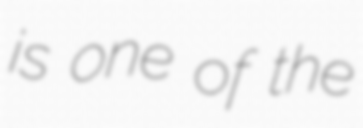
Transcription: is one of the